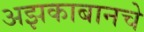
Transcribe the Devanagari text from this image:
अझकाबानचे